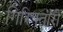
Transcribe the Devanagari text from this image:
गिरिफ्तारी